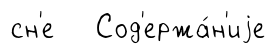
сн'е Сод'ержа́н'иjе